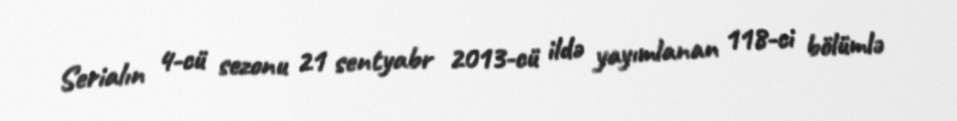
Serialın 4-cü sezonu 21 sentyabr 2013-cü ildə yayımlanan 118-ci bölümlə